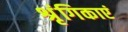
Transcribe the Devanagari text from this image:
श्रृंगिकाएं